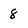
Character: 8